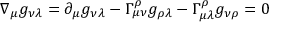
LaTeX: \nabla _ { \mu } g _ { \nu \lambda } = \partial _ { \mu } g _ { \nu \lambda } - \Gamma _ { \mu \nu } ^ { \rho } g _ { \rho \lambda } - \Gamma _ { \mu \lambda } ^ { \rho } g _ { \nu \rho } = 0